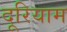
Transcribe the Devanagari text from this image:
दूरियाम